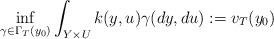
LaTeX: \begin{align*}\inf_{\gamma\in \Gamma_T(y_0) }\int_{Y\times U}k(y,u)\gamma(dy,du) := v_T(y_0)\end{align*}